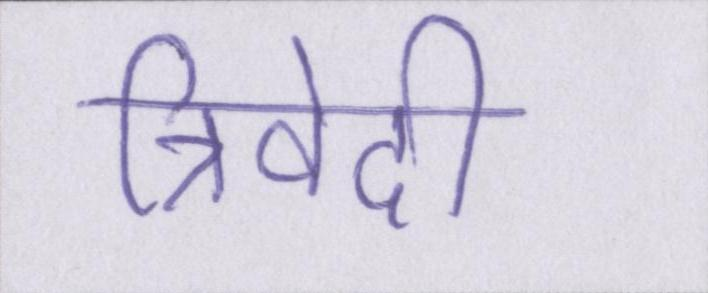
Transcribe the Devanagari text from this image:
त्रिवेदी